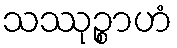
သဿုဉ္စာဟံ